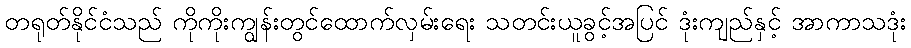
တရုတ်နိုင်ငံသည် ကိုကိုးကျွန်းတွင်ထောက်လှမ်းရေး သတင်းယူခွင့်အပြင် ဒုံးကျည်နှင့် အာကာသဒုံး